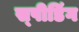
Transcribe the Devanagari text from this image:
स्‍पीडिंग